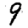
Digit: 9